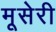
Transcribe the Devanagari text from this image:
मूसेरी